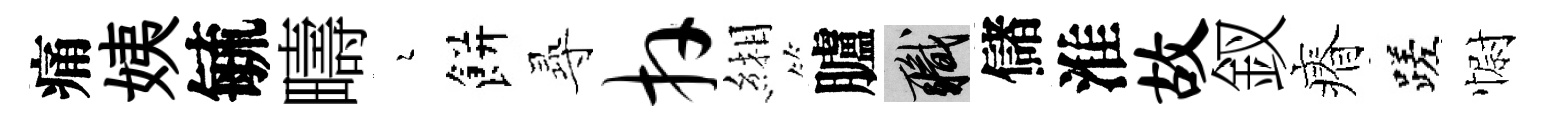
痛姨毓疇瑟餅𡬶卉緗臚職儲淮故釵瘠蹉𢠢